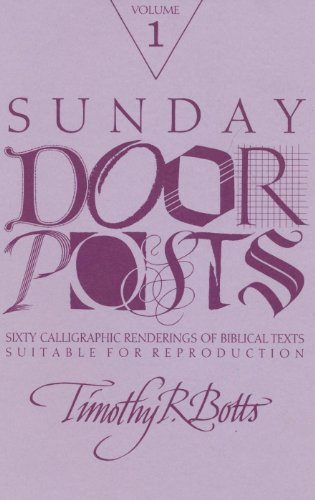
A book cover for Sunday Doorposts, Vol. 1; Christian Books & Bibles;